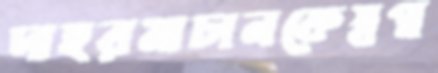
দাহরমাচানকেস্বপ্ন